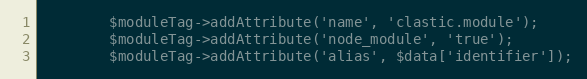
Language: PHP
        $moduleTag->addAttribute('name', 'clastic.module');
        $moduleTag->addAttribute('node_module', 'true');
        $moduleTag->addAttribute('alias', $data['identifier']);